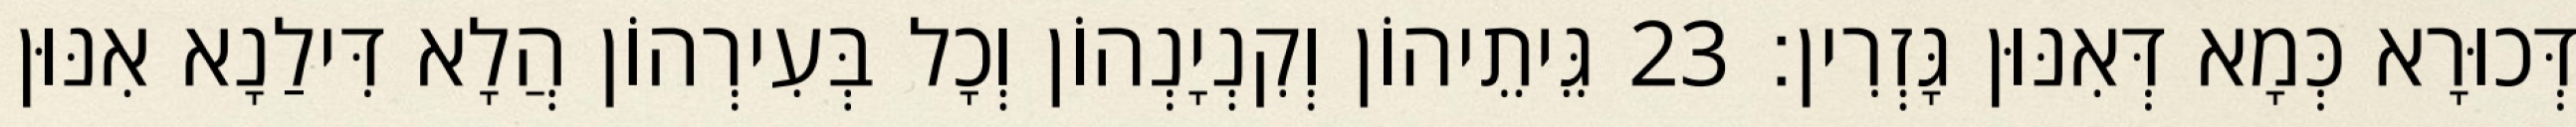
דְּכוּרָא כְּמָא דְּאִנּוּן גָּזְרִין׃ 23 גֵּיתֵיהוֹן וְקִנְיָנְהוֹן וְכָל בְּעִירְהוֹן הֲלָא דִּילַנָא אִנּוּן